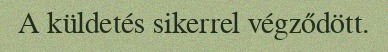
A küldetés sikerrel végződött.